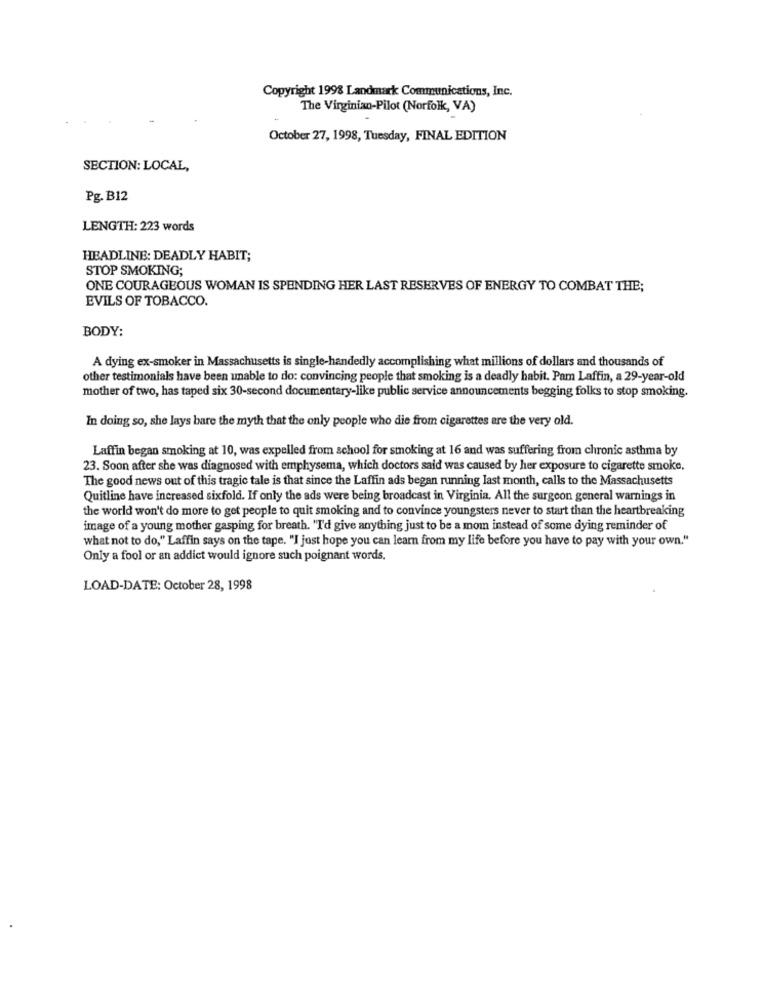
Copyright 1998 Landmark Communications, Inc.
The Virginian-Pilot (Norfolk, VA)
October 27, 1998, Tuesday, FINAL EDITION
SECTION: LOCAL,
Pg. B12
LENGTH: 223 words
HEADLINE: DEADLY HABIT;
STOP SMOKING;
ONE COURAGEOUS WOMAN IS SPENDING HER LAST RESERVES OF ENERGY TO COMBAT THE;
EVILS OF TOBACCO.
BODY:
A dying ex-smoker in Massachusetts is single-handedly accomplishing what millions of dollars and thousands of
other testimonials have been unable to do: convincing people that smoking is a deadly habit. Pam Laffin, a 29-year-old
mother of two, has taped six 30-second documentary-like public service announcements begging folks to stop smoking.
In doing so, she lays bare the myth that the only people who die from cigarettes are the very old.
Laffin began smoking at 10, was expelled from school for smoking at 16 and was suffering from chronic asthma by
23. Soon after she was diagnosed with emphysema, which doctors said was caused by her exposure to cigarette smoke,
The good news out of this tragic tale is that since the Laffin ads began running last month, calls to the Massachusetts
Quitline have increased sixfold. If only the ads were being broadcast in Virginia. All the surgeon general warnings in
the world won't do more to get people to quit smoking and to convince youngsters never to start than the heartbreaking
image of a young mother gasping for breath. "I'd give anything just to be a mom instead of some dying reminder of
what not to do," Laffin says on the tape. "I just hope you can learn from my life before you have to pay with your own."
Only a fool or an addict would ignore such poignant words.
LOAD-DATE: October 28, 1998